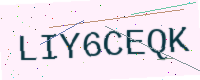
Text: LIY6CEQK